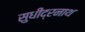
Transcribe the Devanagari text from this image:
सुधींद्रनाथ